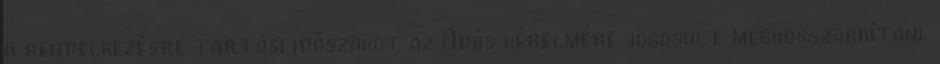
a rendelkezésre tartási időszakot az Adós kérelmére jogosult meghosszabbítani.